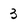
Character: 3